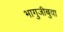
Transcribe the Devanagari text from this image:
भागुजीबुवा